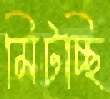
মিটচ্ছি